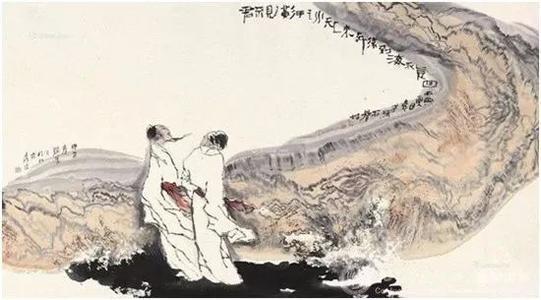
万里乡为梦，三边月作愁。